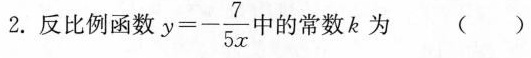
2.反比例函数 $$y = - \frac { 7 } { 5 x }$$ 的常数k为( )